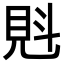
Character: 𧠕